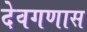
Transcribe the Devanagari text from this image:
देवगणास